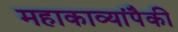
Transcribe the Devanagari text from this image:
महाकाव्यांपैकी